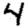
Digit: 4